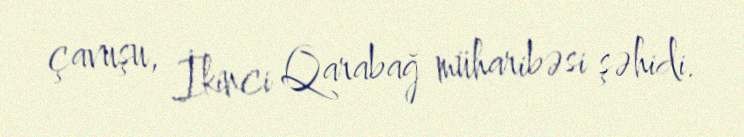
çavuşu, İkinci Qarabağ müharibəsi şəhidi.